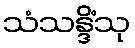
သံသန္ဒိံသု